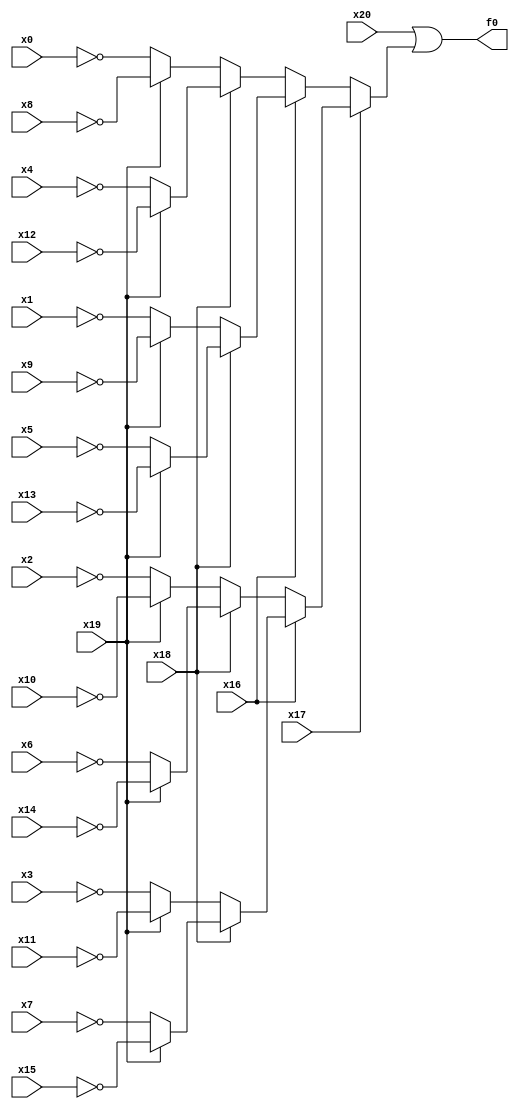
// Benchmark "cm150a" written by ABC on Sat Apr 29 10:29:08 2023

module cm150a ( 
    x0, x1, x2, x3, x4, x5, x6, x7, x8, x9, x10, x11, x12, x13, x14, x15,
    x16, x17, x18, x19, x20,
    f0  );
  input  x0, x1, x2, x3, x4, x5, x6, x7, x8, x9, x10, x11, x12, x13, x14,
    x15, x16, x17, x18, x19, x20;
  output f0;
  assign f0 = x20 | (x17 ? (x16 ? (x18 ? (x19 ? ~x15 : ~x7) : (x19 ? ~x11 : ~x3)) : (x18 ? (x19 ? ~x14 : ~x6) : (x19 ? ~x10 : ~x2))) : (x16 ? (x18 ? (x19 ? ~x13 : ~x5) : (x19 ? ~x9 : ~x1)) : (x18 ? (x19 ? ~x12 : ~x4) : (x19 ? ~x8 : ~x0))));
endmodule